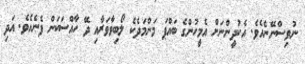
ނުވިސްނޭނެއެވެ. އެކުދީންނަށް އެމީހުންގެ ބައްޕަ މަންމަދެކެ ލޯބިވާވަރާއި ދޭ ހާއްސަކަން ފެނެއެވެ. އަދި